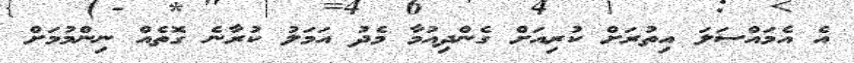
އެ އެމައްސަލަ އިތުރަށް ކުރިއަށް ގެންދިއުމާ މެދު އަމަލު ކުރާނެ ގޮތެއް ނިންމުމަށް